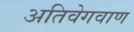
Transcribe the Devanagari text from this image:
अतिवेगवाण